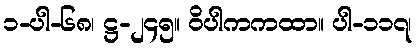
၁-ပါ-၆၈၊ ဋ္ဌ-၂၄၅။ ဝိပါကကထာ။ ပါ-၁၁၇၊